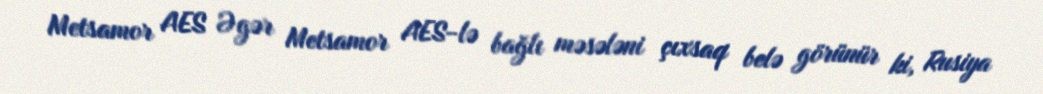
Metsamor AES Əgər Metsamor AES-lə bağlı məsələni çıxsaq belə görünür ki, Rusiya